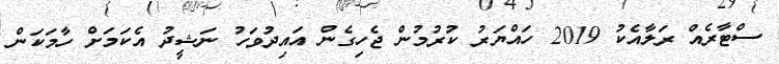
ސްޓާރެއް ރަލާއެކު 2019 ހައްޔަރު ކުރުމުން ޖެހިގެން އައިދުވަހު ނަޝީދު އެކަމަށް ހާމަކަން